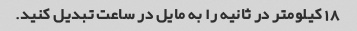
18 کیلومتر در ثانیه را به مایل در ساعت تبدیل کنید.